Vaccination in Burma 1920-1933 - 1920-1933
Year: 1920
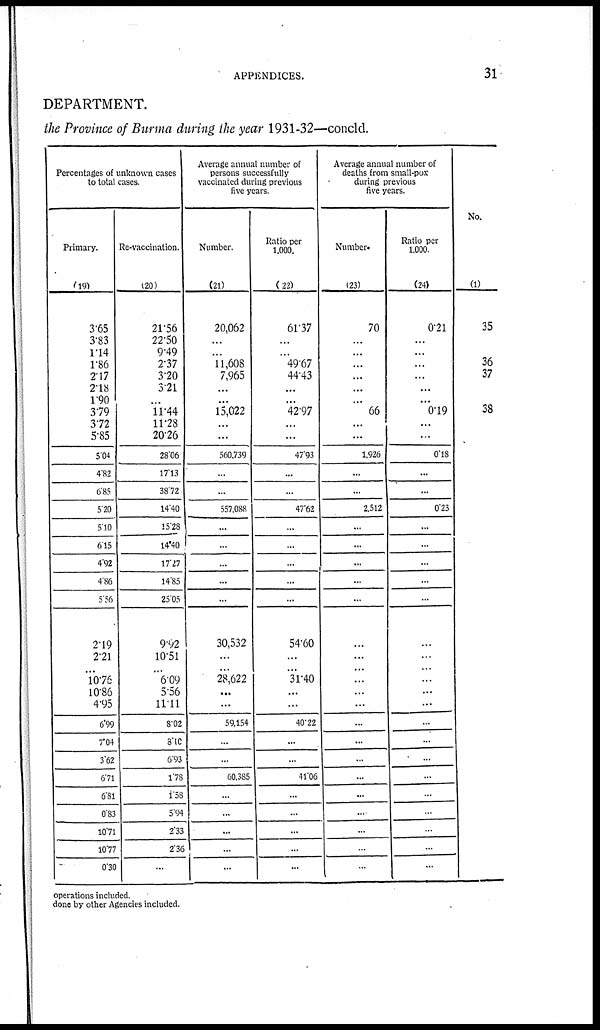
APPENDICES.
31
DEPARTMENT.
the Province of Burma during the year 1931-32—concld.
Percentages of unknown cases
to total cases.
Primary.
(19)
3.65
3.83
1.14
1.86
2.17
2.18
1.90
3.79
3.72
5.85
5.04
4.82
6.85
5.20
5.10
6.15
4.92
4.86
5.56
2.19
2.21
10.76
10.86
4.95
6.99
7.04
3.62
6.71
6.81
0.83
10.71
10.77
0.30
Re-vaccination.
(20)
21.56
22.50
9.49
2.37
3.20
3.21
...
11.44
11.28
20.26
28.06
17.13
38.72
14.40
15.28
14.40
17.27
14.85
25.05
9.92
10.51
6.09
5.56
11.11
8.02
8.10
6.93
l.78
1.58
5.94
2.33
2.36
...
Average annual number of
persons successfully
vaccinated during previous
five years.
Number.
(21)
20,062
...
...
11,608
7,965
...
...
15,022
...
...
560,739
...
...
557,088
...
...
...
...
...
30,532
...
28,622
...
...
59,154
...
...
60,385
...
...
...
...
...
Ratio per
1,000.
(22)
61.37
...
...
49.67
44.43
...
...
42.97
...
...
47.93
...
...
47.62
...
...
...
...
...
54.60
...
31.40
...
...
40.22
...
...
41.06
...
...
...
...
...
Average annual number of
deaths from small-pox
during previous
five years.
Number.
(23)
70
...
...
...
...
...
...
66
...
...
1,926
...
...
2,512
...
...
...
...
...
...
...
...
...
...
...
...
...
...
...
...
...
...
...
Ratio per
1,000.
(24)
0.21
...
...
...
...
...
...
0.19
...
...
0.18
...
...
0.23
...
...
...
...
...
...
...
...
...
...
...
...
...
...
...
...
...
...
...
No.
(1)
35
36
37
38
operations included.
done by other Agencies included.